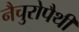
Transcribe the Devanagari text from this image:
नैचुरोपैथी